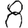
Digit: 8